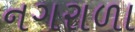
નગરાળા